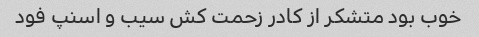
خوب بود متشکر از کادر زحمت کش سیب و اسنپ فود